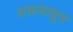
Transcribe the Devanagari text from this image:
तळ्यातून